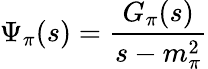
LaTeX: \Psi_{\pi}(s)=\frac{G_{\pi}(s)}{s-m_{\pi}^{2}}